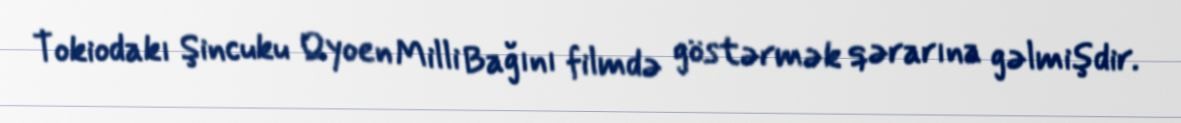
Tokiodakı Şincuku Qyoen Milli Bağını filmdə göstərmək qərarına gəlmişdir.